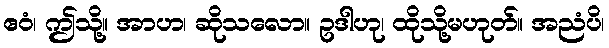
ဧဝံ၊ ဤသို့။ အာဟ၊ ဆိုသလော။ ဥဒါဟု၊ ထိုသို့မဟုတ်။ အညံပိ၊